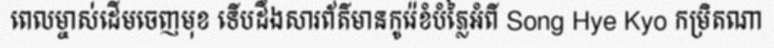
ពេលម្ចាស់ដើមចេញមុខ ទើបដឹងសារព័ត៌មានកូរ៉េខំបំភ្លៃអំពី Song Hye Kyo កម្រិតណា